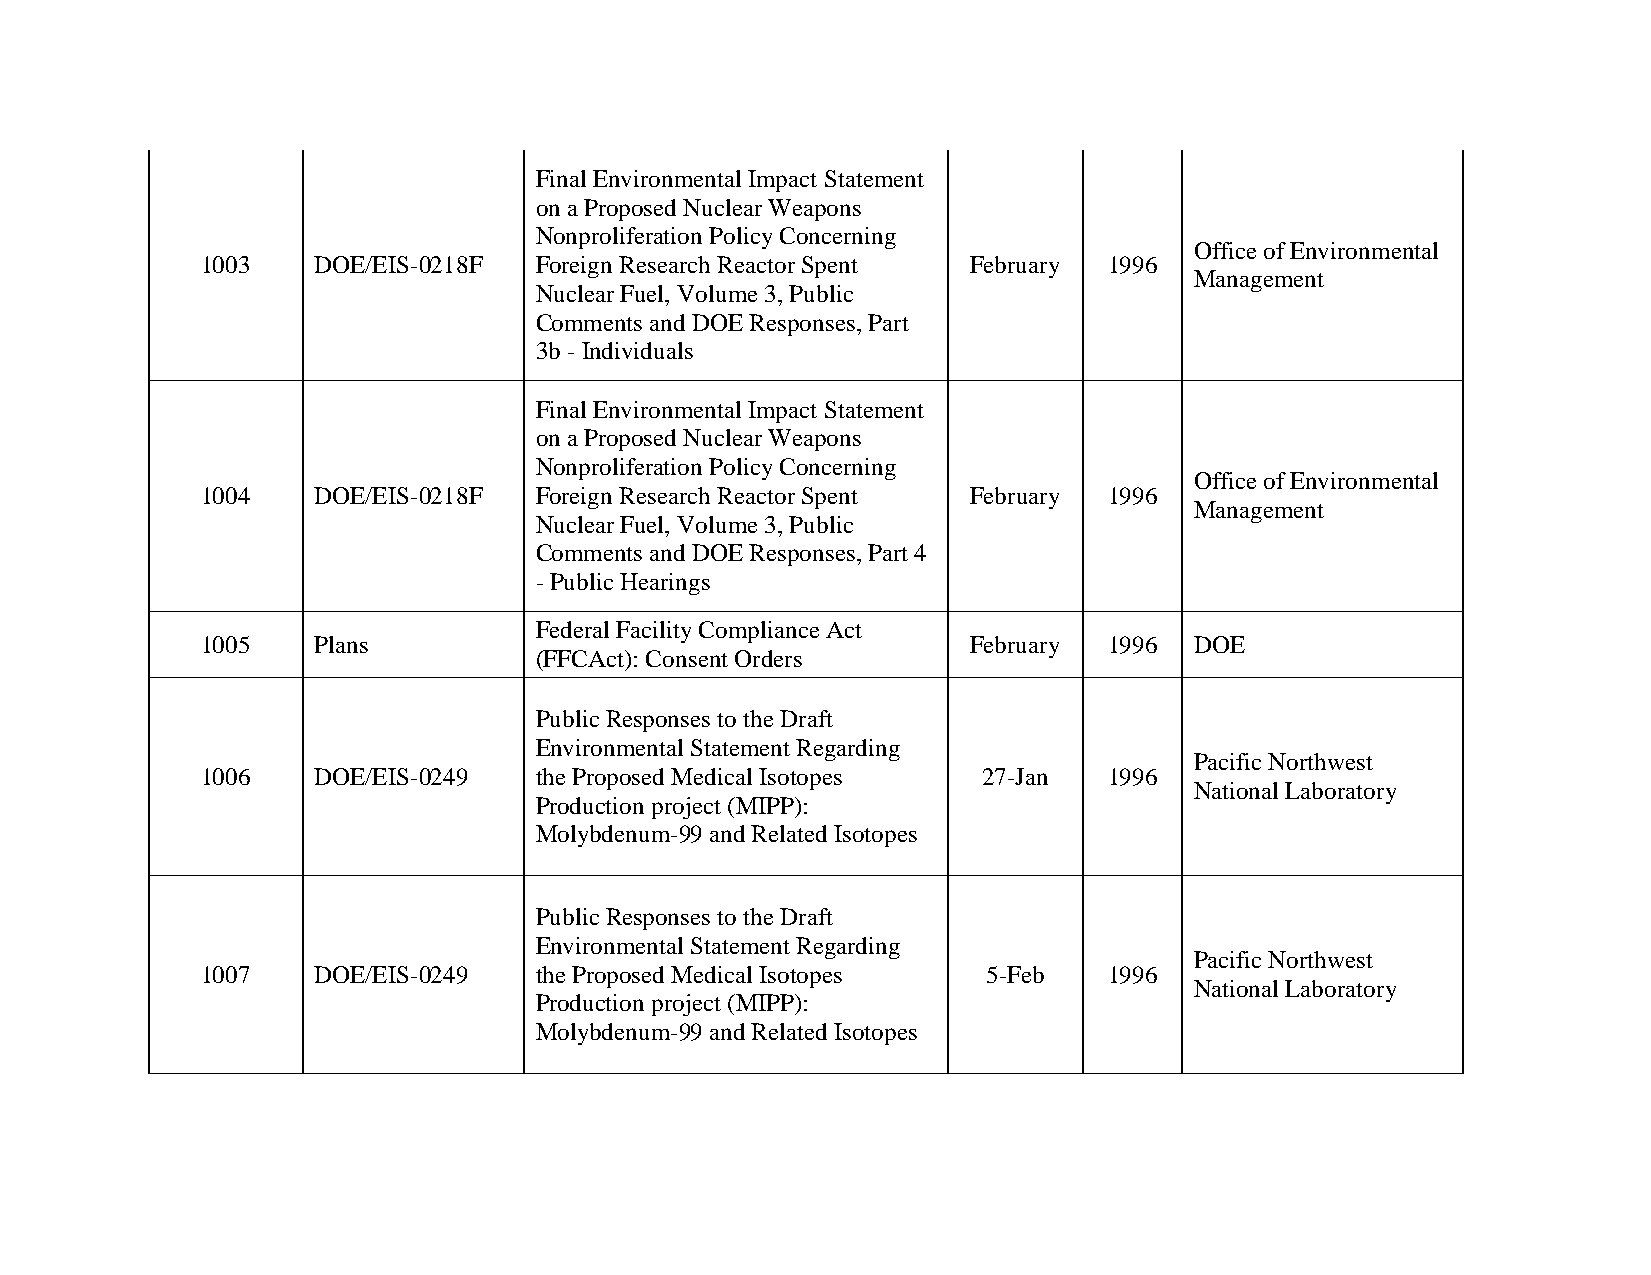
Final Environmental Impact Statement
 on a Proposed Nuclear Weapons
 Nonproliferation Policy Concerning
 Office of Environmental
 1003    DOE/EIS-0218F Foreign Research Reactor Spent February 1996
 Management
 Nuclear Fuel, Volume 3, Public
 Comments and DOE Responses, Part
 3b - Individuals
 Final Environmental Impact Statement
 on a Proposed Nuclear Weapons
 Nonproliferation Policy Concerning
 Office of Environmental
 1004    DOE/EIS-0218F Foreign Research Reactor Spent February 1996
 Management
 Nuclear Fuel, Volume 3, Public
 Comments and DOE Responses, Part 4
 - Public Hearings
 Federal Facility Compliance Act
 1005    Plans                                      February 1996  DOE
 (FFCAct): Consent Orders
 Public Responses to the Draft
 Environmental Statement Regarding
 Pacific Northwest
 1006    DOE/EIS-0249  the Proposed Medical Isotopes 27-Jan  1996
 National Laboratory
 Production project (MIPP):
 Molybdenum-99 and Related Isotopes
 Public Responses to the Draft
 Environmental Statement Regarding
 Pacific Northwest
 1007    DOE/EIS-0249  the Proposed Medical Isotopes 5-Feb   1996
 National Laboratory
 Production project (MIPP):
 Molybdenum-99 and Related Isotopes